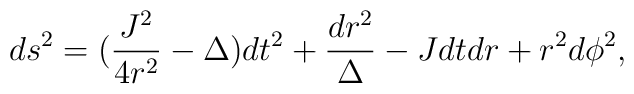
ds^2=(\frac{J^2}{4r^2}-\Delta)dt^2+\frac{dr^2}{\Delta}-Jdt dr +r^2d\phi^2,